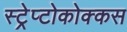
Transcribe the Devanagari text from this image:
स्ट्रेप्टोकोक्कस